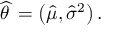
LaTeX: { \widehat { \theta \, } } = \left( { \widehat { \mu } } , { \widehat { \sigma } } ^ { 2 } \right) .